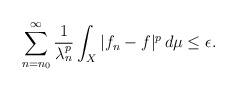
LaTeX: \begin{align*}\sum_{n = n_0}^\infty \frac{1}{\lambda_n^p} \int_X |f_n - f|^p \, d\mu \leq \epsilon.\end{align*}